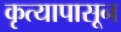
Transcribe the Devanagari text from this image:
कृत्यापासून